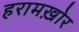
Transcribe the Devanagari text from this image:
हरामख़ोर